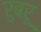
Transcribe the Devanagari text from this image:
रुबरू